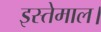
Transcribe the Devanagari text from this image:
इस्तेमाल।